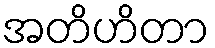
အတိဟိတာ